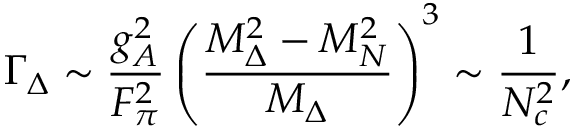
\Gamma _ { \Delta } \sim \frac { g _ { A } ^ { 2 } } { F _ { \pi } ^ { 2 } } \left( \frac { M _ { \Delta } ^ { 2 } - M _ { N } ^ { 2 } } { M _ { \Delta } } \right) ^ { 3 } \sim \frac { 1 } { N _ { c } ^ { 2 } } ,